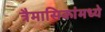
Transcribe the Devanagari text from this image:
त्रैमासिकांमध्ये